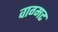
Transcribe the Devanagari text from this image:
वाग्मट